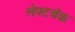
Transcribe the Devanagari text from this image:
लेफ्टबॅक